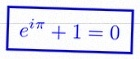
e^{i\pi}+1=0